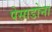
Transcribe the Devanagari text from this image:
पेसाडोना